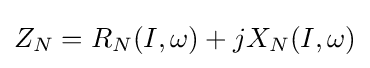
Z_{N}=R_{N}(I,\omega )+jX_{N}(I,\omega )